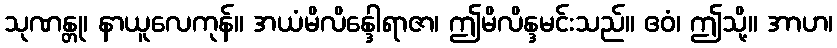
သုဏန္တု၊ နာယူလေကုန်။ အယံမိလိန္ဒေါရာဇာ၊ ဤမိလိန္ဒမင်းသည်။ ဧဝံ၊ ဤသို့။ အာဟ၊